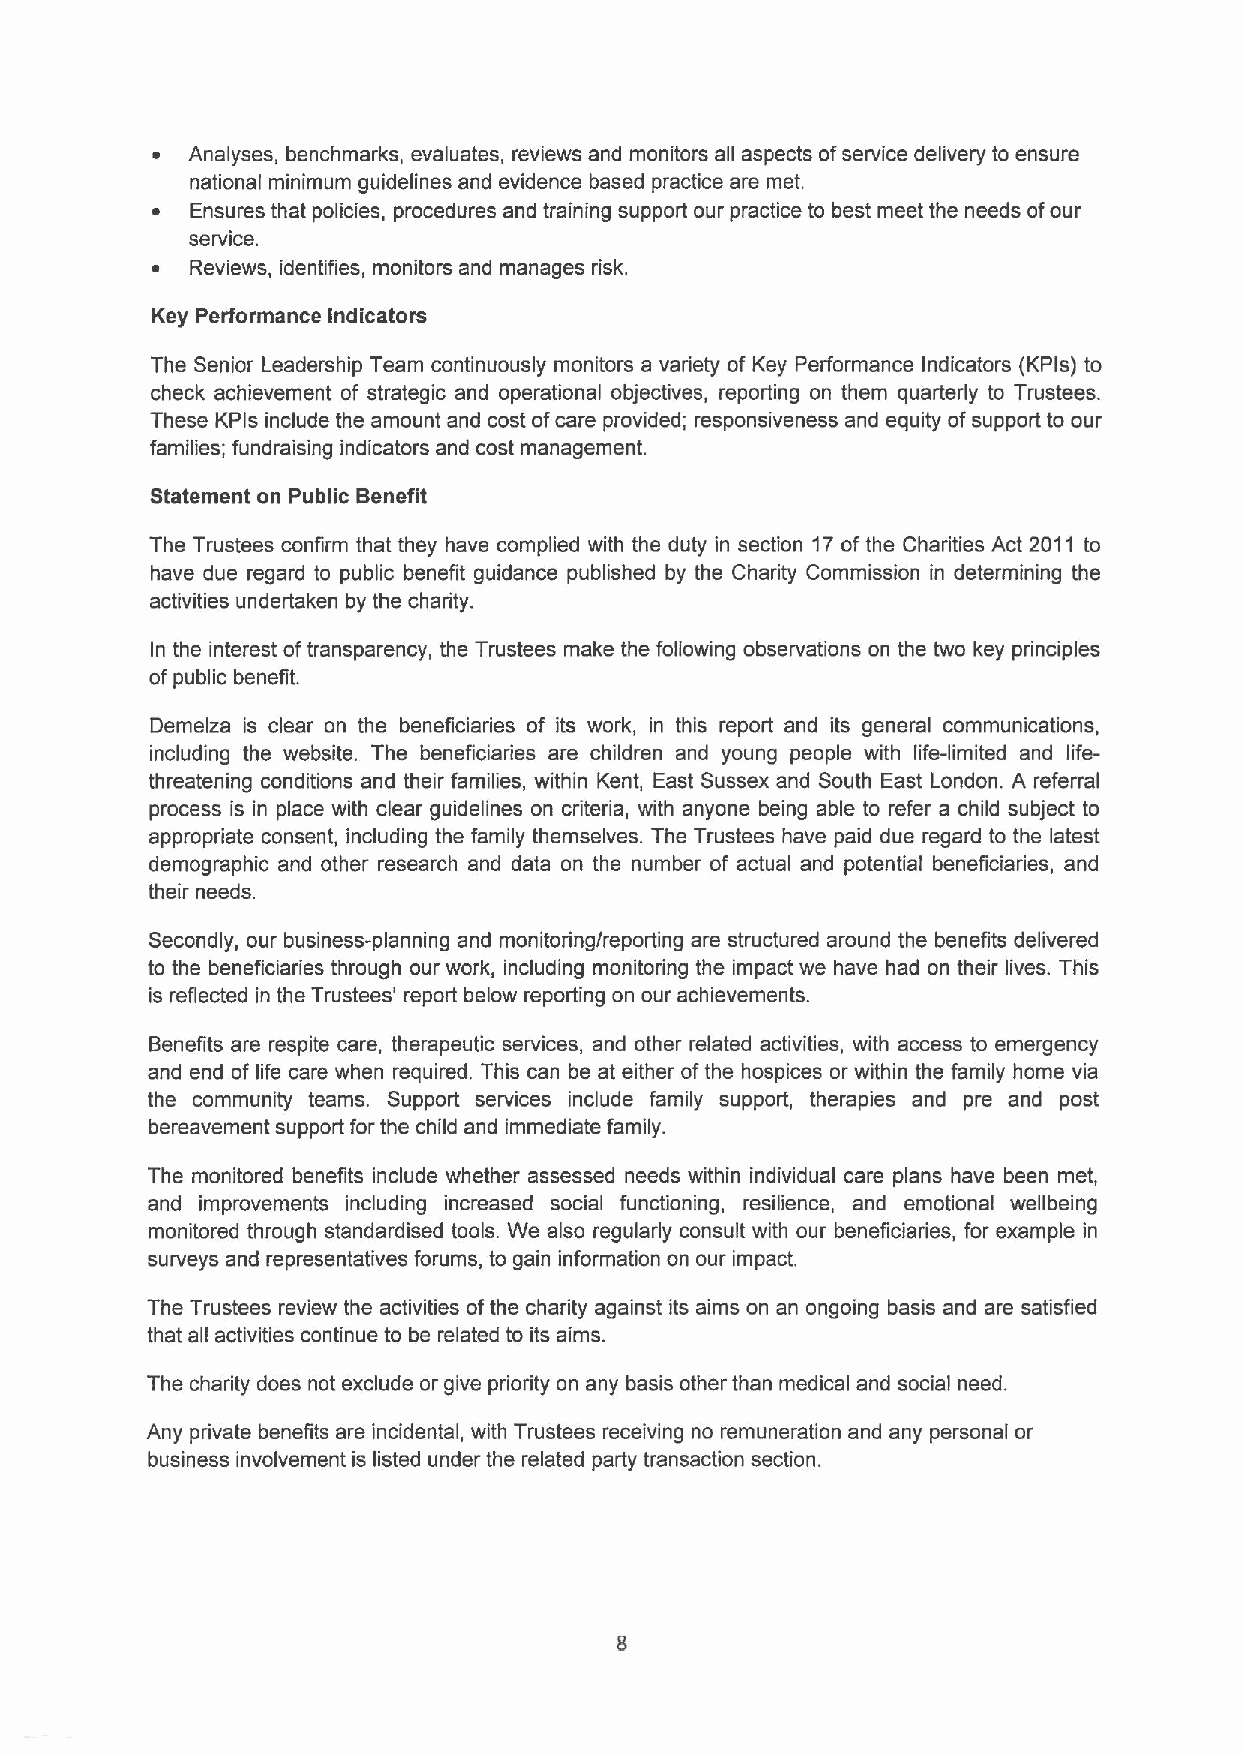
~ Analyses, benchmarks, evaluates, reviews and monitors all aspects ofservice delivery to ensure
 national minimum guidelines and evidence based practice are met.
 ~  Ensures that policies, procedures and training support our practice to best meet the needs ofour
 service.
 ~  Reviews, identifies, monitors and manages risk.
 Key Performance Indicators
 The Senior Leadership Team continuously monitors a vadiety of Key Performance Indicators (KPls) to
 check achievement of strategic and operational objectives, reporting on them quarterly to Trustees.
 These KPls include the amount and cost ofcare provided; responsiveness and equity ofsupport to our
 families; fundraising indicators and cost management.
 Statement on Public Benefit
 The Trustees confirm that they have complied with the duty in section 17ofthe Charities Act 2011 to
 have due regard to public benefit guidance published by the Charity Commission in determining the
 activities undertaken by the charity.
 In the interest oftransparency, the Trustees make the following observations on the two key principles
 ofpublic benefit.
 Demelza is clear on the beneficiaries of its work, in this report and its general communications,
 including the website. The beneficiadies are children and young people with life-limited and life-
 threatening conditions and their families, within Kent, East Sussex and South East London. A referral
 process is in place with clear guidelines on cditeria, with anyone being able to refer a child subject to
 appropriate consent, including the family themselves. The Trustees have paid due regard to the latest
 demographic and other research and data on the number of actual and potential beneficiaries, and
 their needs.
 Secondly, our business-planning and monitoring/reporting are structured around the benefits delivered
 to the beneficiaries through our work, including monitoring the impact we have had on their lives. This
 is reflected in the Trustees' report below reporting on our achievements.
 Benefits are respite care, therapeutic services, and other related activities, with access to emergency
 and end of life care when required. This can be at either ofthe hospices or within the family home via
 the community teams. Support services include family support, therapies and pre and post
 bereavement support for the child and immediate family.
 The monitored benefits include whether assessed needs within individual care plans have been met,
 and improvements including increased social functioning, resilience, and emotional wellbeing
 monitored through standardised tools. We also regularly consult with our beneficiaries, for example in
 surveys and representatives forums, to gain information on our impact.
 The Trustees review the activities ofthe charity against its aims on an ongoing basis and are satisfied
 that all activities continue to be related to its aims.
 The charity does not exclude or give priodity on any basis other than medical and social need.
 Any private benefits are incidental, with Trustees receiving no remuneration and any personal or
 business involvement is listed under the related party transaction section.